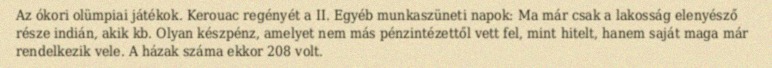
Az ókori olümpiai játékok. Kerouac regényét a II. Egyéb munkaszüneti napok: Ma már csak a lakosság elenyésző része indián, akik kb. Olyan készpénz, amelyet nem más pénzintézettől vett fel, mint hitelt, hanem saját maga már rendelkezik vele. A házak száma ekkor 208 volt.